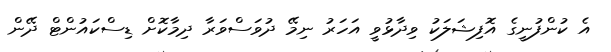
އެ ކުންފުނީގެ އޮފިޝަލަކު ވިދާޅުވީ އަހަރު ނިމޭ ދުވަސްވަރާ ދިމާކޮށް ޑިސްކައުންޓް ދޭން